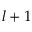
l + 1